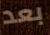
بعد